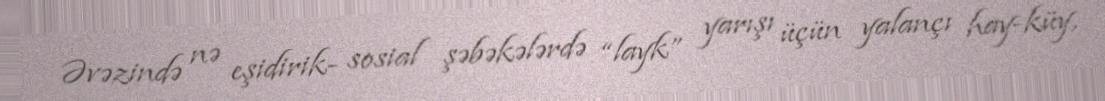
Əvəzində nə eşidirik- sosial şəbəkələrdə “layk” yarışı üçün yalançı hay-küy,